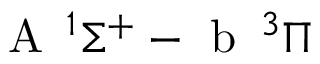
\textrm { A } \, ^ { 1 } \Sigma ^ { + } - \textrm { b } \, ^ { 3 } \Pi